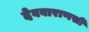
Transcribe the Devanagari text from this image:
देववाराणसी